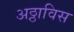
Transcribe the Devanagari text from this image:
अठ्ठाविस